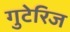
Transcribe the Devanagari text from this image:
गुटेरिज